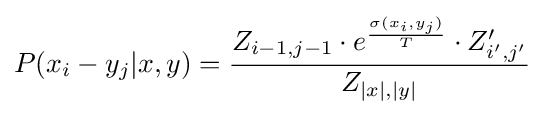
P(x_{i}-y_{j}|x,y)={\frac {Z_{i-1,j-1}\cdot e^{\frac {\sigma (x_{i},y_{j})}{T}}\cdot Z'_{i',j'}}{Z_{|x|,|y|}}}